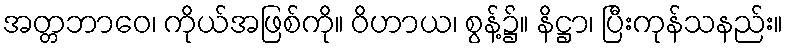
အတ္တဘာဝေ၊ ကိုယ်အဖြစ်ကို။ ဝိဟာယ၊ စွန့်၌။ နိဋ္ဌာ၊ ပြီးကုန်သနည်း။